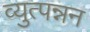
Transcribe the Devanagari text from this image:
व्युत्पन्नन